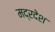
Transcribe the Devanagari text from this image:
मद्रदेश